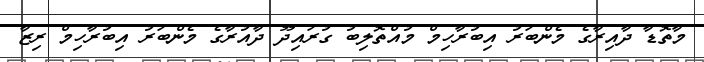
މާތޮޑާ ދާއިރާގެ މެންބަރު އިބުރާހިމް މުއްތޮލިބު ގުރައިދޫ ދާއުރާގެ މެންބަރު އިބުރާހިމް ރިޒާ